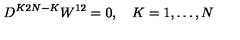
D ^ { K 2 N - K } W ^ { 1 2 } = 0 , \quad K = 1 , \ldots , N